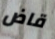
قاض